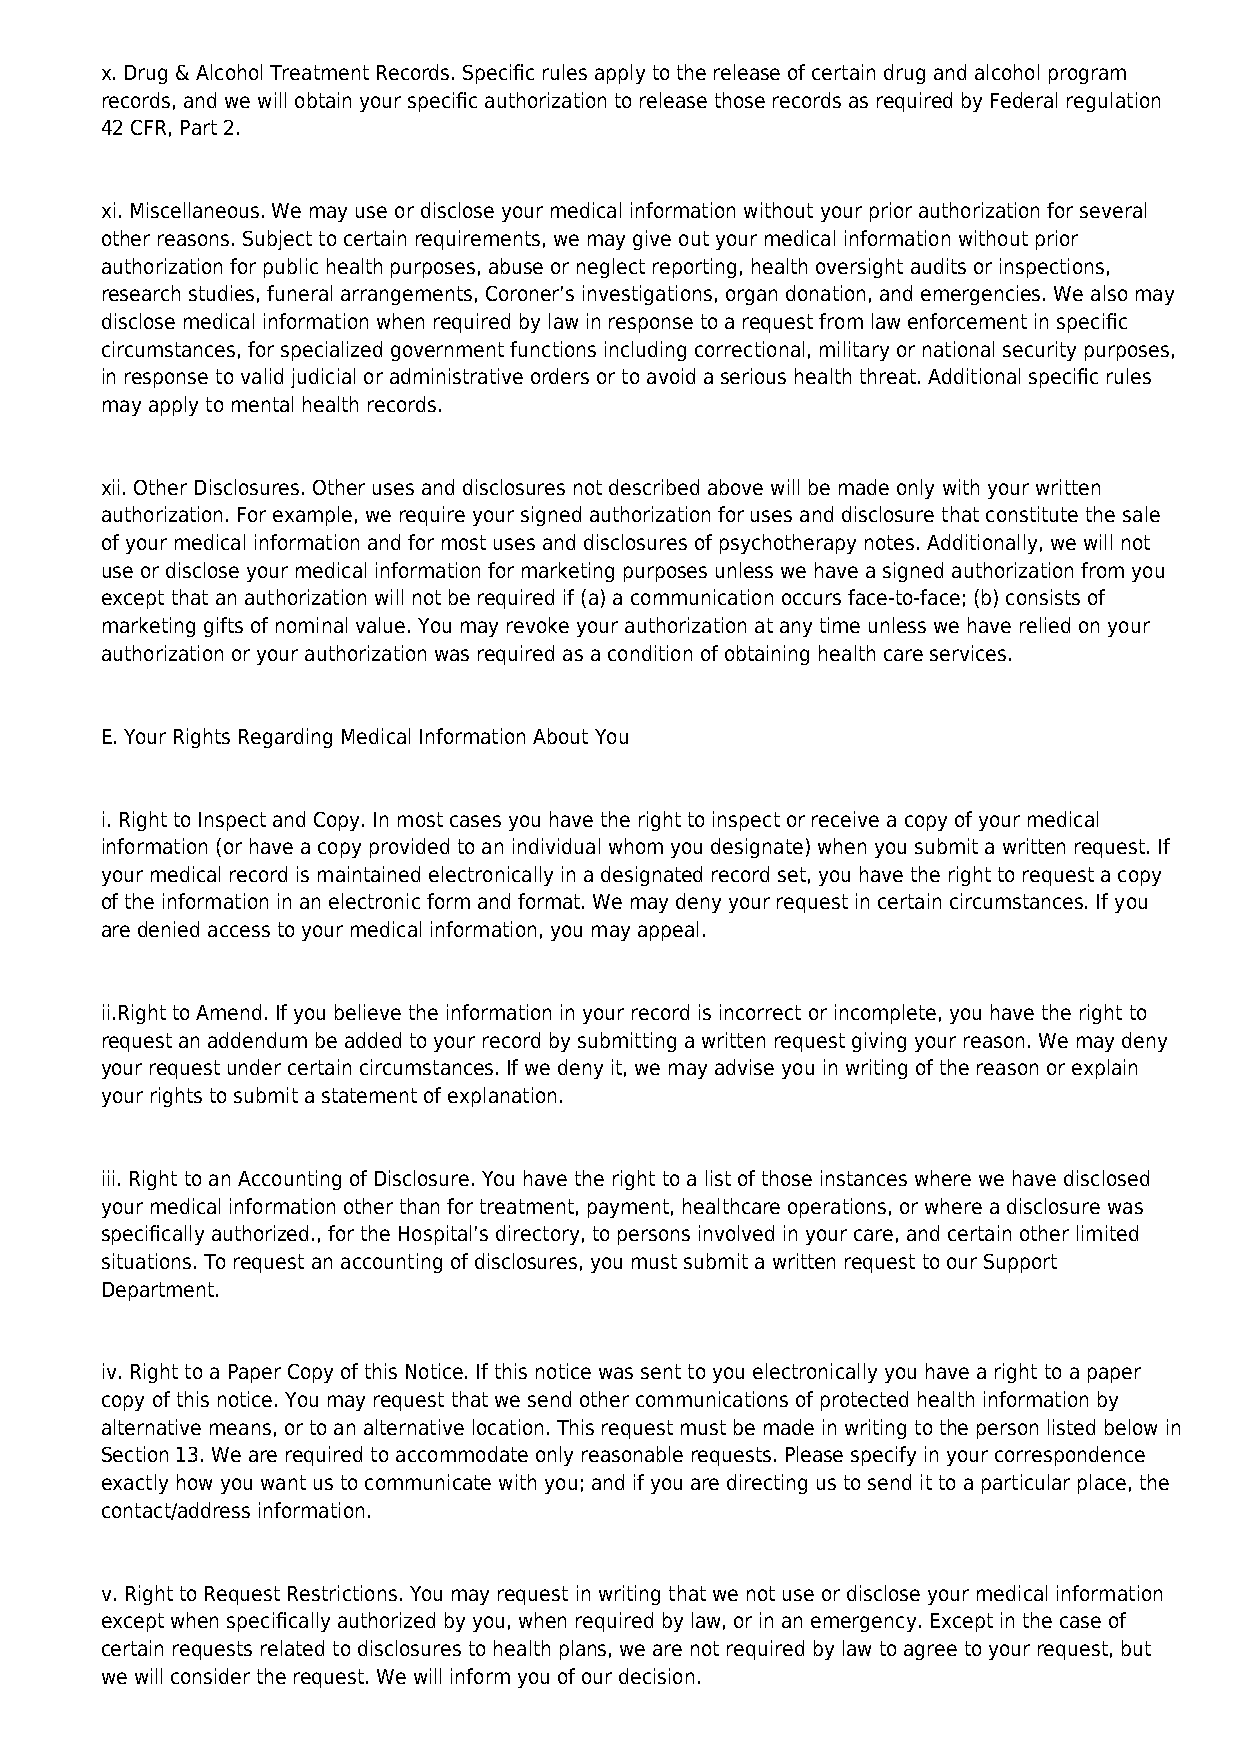
x. Drug & Alcohol Treatment Records. Specific rules apply to the release of certain drug and alcohol program
 records, and we will obtain your specific authorization to release those records as required by Federal regulation
 42 CFR, Part 2.
 xi. Miscellaneous. We may use or disclose your medical information without your prior authorization for several
 other reasons. Subject to certain requirements, we may give out your medical information without prior
 authorization for public health purposes, abuse or neglect reporting, health oversight audits or inspections,
 research studies, funeral arrangements, Coroner’s investigations, organ donation, and emergencies. We also may
 disclose medical information when required by law in response to a request from law enforcement in specific
 circumstances, for specialized government functions including correctional, military or national security purposes,
 in response to valid judicial or administrative orders or to avoid a serious health threat. Additional specific rules
 may apply to mental health records.
 xii. Other Disclosures. Other uses and disclosures not described above will be made only with your written
 authorization. For example, we require your signed authorization for uses and disclosure that constitute the sale
 of your medical information and for most uses and disclosures of psychotherapy notes. Additionally, we will not
 use or disclose your medical information for marketing purposes unless we have a signed authorization from you
 except that an authorization will not be required if (a) a communication occurs face-to-face; (b) consists of
 marketing gifts of nominal value. You may revoke your authorization at any time unless we have relied on your
 authorization or your authorization was required as a condition of obtaining health care services.
 E. Your Rights Regarding Medical Information About You
 i. Right to Inspect and Copy. In most cases you have the right to inspect or receive a copy of your medical
 information (or have a copy provided to an individual whom you designate) when you submit a written request. If
 your medical record is maintained electronically in a designated record set, you have the right to request a copy
 of the information in an electronic form and format. We may deny your request in certain circumstances. If you
 are denied access to your medical information, you may appeal.
 ii.Right to Amend. If you believe the information in your record is incorrect or incomplete, you have the right to
 request an addendum be added to your record by submitting a written request giving your reason. We may deny
 your request under certain circumstances. If we deny it, we may advise you in writing of the reason or explain
 your rights to submit a statement of explanation.
 iii. Right to an Accounting of Disclosure. You have the right to a list of those instances where we have disclosed
 your medical information other than for treatment, payment, healthcare operations, or where a disclosure was
 specifically authorized., for the Hospital’s directory, to persons involved in your care, and certain other limited
 situations. To request an accounting of disclosures, you must submit a written request to our Support
 Department.
 iv. Right to a Paper Copy of this Notice. If this notice was sent to you electronically you have a right to a paper
 copy of this notice. You may request that we send other communications of protected health information by
 alternative means, or to an alternative location. This request must be made in writing to the person listed below in
 Section 13. We are required to accommodate only reasonable requests. Please specify in your correspondence
 exactly how you want us to communicate with you; and if you are directing us to send it to a particular place, the
 contact/address information.
 v. Right to Request Restrictions. You may request in writing that we not use or disclose your medical information
 except when specifically authorized by you, when required by law, or in an emergency. Except in the case of
 certain requests related to disclosures to health plans, we are not required by law to agree to your request, but
 we will consider the request. We will inform you of our decision.